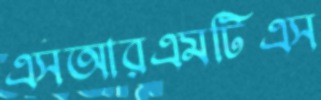
এসআরএমটিএস